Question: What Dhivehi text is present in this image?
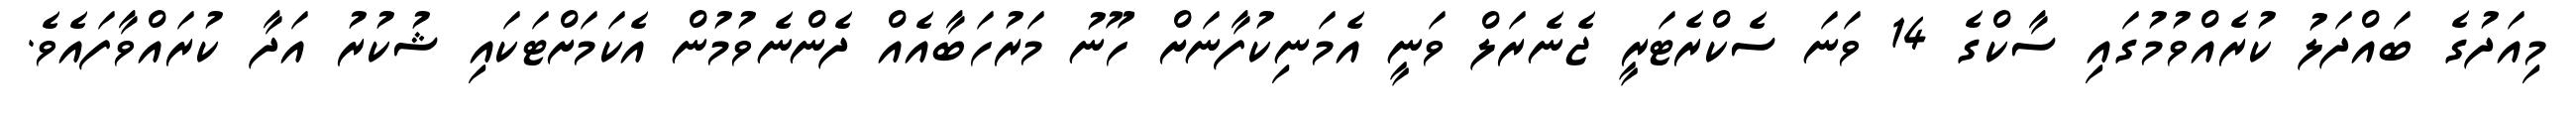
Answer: މިއަދުގެ ބައްދަލު ކުރެއްވުމުގައި ސާކްގެ 14 ވަނަ ސެކްރެޓަރީ ޖެނެރަލް ވަނީ އެމަނިކުފާނަށް ހޫނު މަރުހަބާއެއް ދެންނެވުމުން އެކަމަށްޓަކައި ޝުކުރު އަދާ ކުރައްވާފައެވެ.